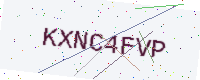
Text: KXNC4FVP